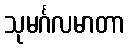
သုမင်္ဂလမာတာ